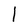
Character: l